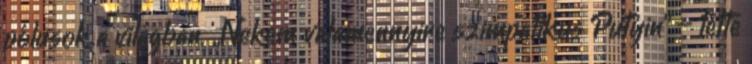
pólusok a világban. „Nekem valamennyire szimpatikus Putyin” – tette